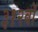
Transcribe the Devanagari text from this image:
३१२वॉ